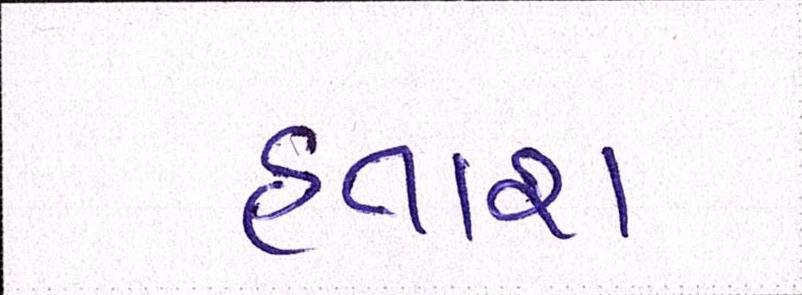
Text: હતાશ